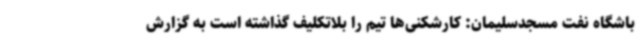
باشگاه نفت مسجدسلیمان: کارشکنی‌ها تیم را بلاتکلیف گذاشته است به گزارش